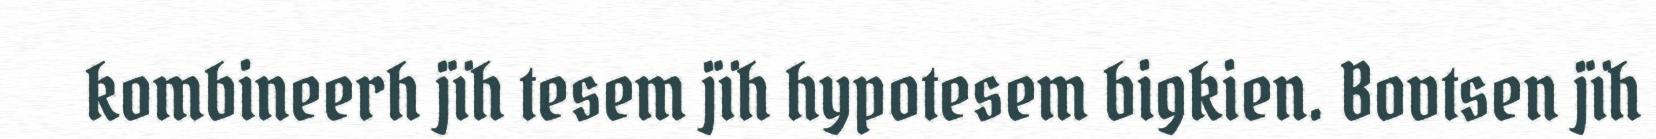
kombineerh jïh tesem jïh hypotesem bigkien. Bovtsen jïh